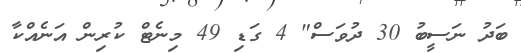
ބަދު ނަސީބު 30 ދުވަސް" 4 ގަޑި 49 މިނެޓް ކުރިން އަނެއްކާ